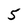
Character: 5